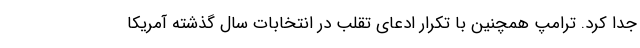
جدا کرد. ترامپ همچنین با تکرار ادعای تقلب در انتخابات سال گذشته آمریکا